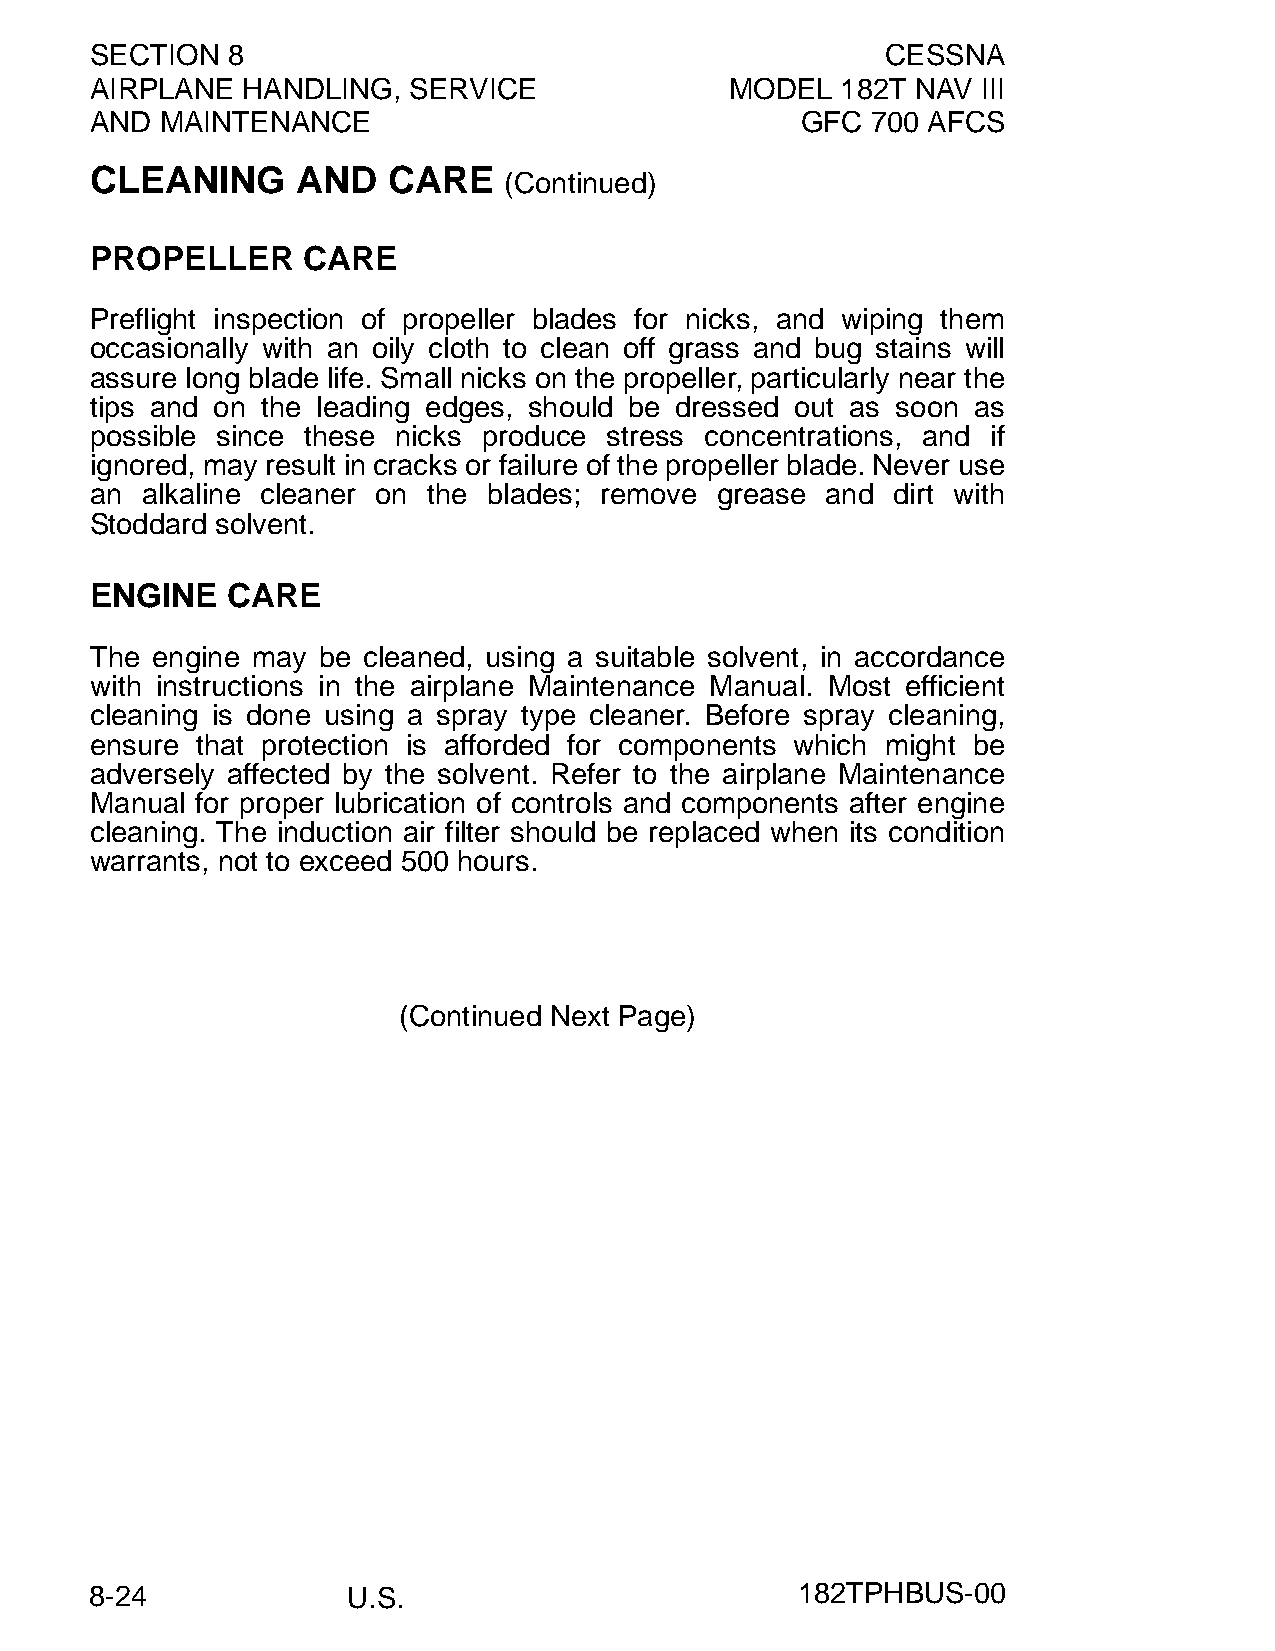
SECTION  8                                           CESSNA
 AIRPLANE  HANDLING,  SERVICE              MODEL   182T NAV III
 AND  MAINTENANCE                               GFC  700 AFCS
 CLEANING      AND   CARE
 (Continued)
 PROPELLER     CARE
 Preflight inspection of propeller blades for nicks, and wiping them
 occasionally with an oily cloth to clean off grass and bug stains will
 assure long blade life. Small nicks on the propeller, particularly near the
 tips and on the leading edges, should be dressed out as soon as
 possible since these nicks produce stress concentrations, and if
 ignored, may result in cracks or failure of the propeller blade. Never use
 an alkaline cleaner on the blades; remove grease and dirt with
 Stoddard solvent.
 ENGINE   CARE
 The engine may be cleaned, using a suitable solvent, in accordance
 with instructions in the airplane Maintenance Manual. Most efficient
 cleaning is done using a spray type cleaner. Before spray cleaning,
 ensure that protection is afforded for components which might be
 adversely affected by the solvent. Refer to the airplane Maintenance
 Manual for proper lubrication of controls and components after engine
 cleaning. The induction air filter should be replaced when its condition
 warrants, not to exceed 500 hours.
 (Continued Next Page)
 8-24             U.S.                          182TPHBUS-00